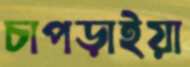
চাপড়াইয়া